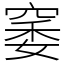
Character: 䆧